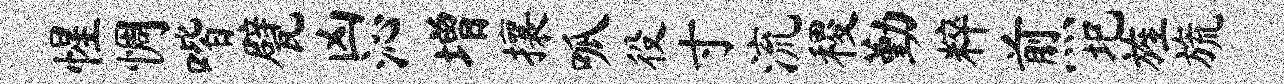
惺惆喈甓凶沁增攘呱役寸流稷勤粹煎圯旌旒